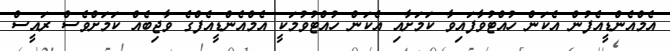
އެމްއެންޑީއެފުން އެކަން ހުއްޓުވާފައިވާ ކަމަށާއި އެކަން ހުއްޓުވުމަކީ އެމްއެންޑީއެފްގެ ވާޖިބެއް ކަމަށްވެސް ރައީސް